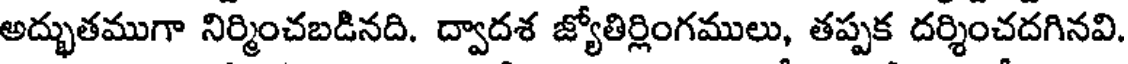
అద్భుతముగా నిర్మించబడినది. ద్వాదశ జ్యోతిర్లింగములు, తప్పక దర్శించదగినవి.